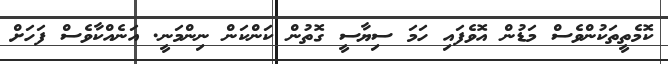
ކޮމެތީތަކުންވެސް މަޑުން އޮވެފައި ހަމަ ސިޔާސީ ގޮތުން ކަންކަން ނިންމަަނީ. އަނެއްކާވެސް ފަހަށް